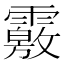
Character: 𩅢